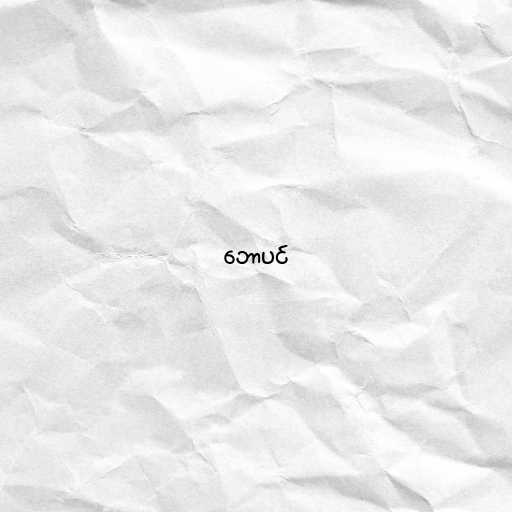
ဘောပင်